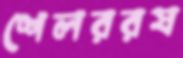
শেলররষ